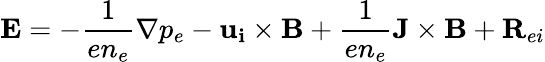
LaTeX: {\mathbf{E}}=-\frac{1}{en_{e}}\nabla p_{e}-{\mathbf{u_{i}\times B}}+\frac{1}{en_{e}}{\mathbf{J\times B}}+{\mathbf{R}}_{ei}